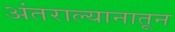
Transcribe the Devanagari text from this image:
अंतराल्यानातून